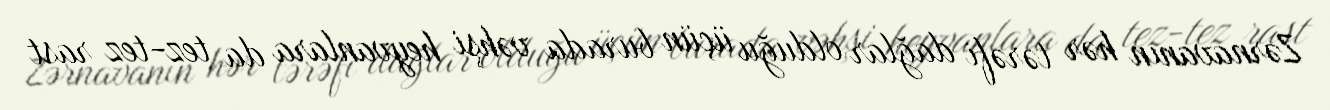
Zərnavanın hər tərəfi dağlar olduğu üçün burada vəhşi heyvanlara da tez-tez rast